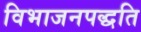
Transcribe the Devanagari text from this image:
विभाजनपद्धति